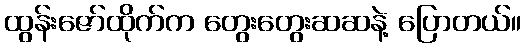
ထွန်းဇော်ထိုက်က တွေးတွေးဆဆနဲ့ ပြောတယ်။